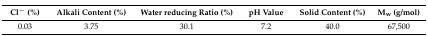
<table><thead><tr><td><b>Cl<sup>−</sup> (%)</b></td><td><b>Alkali Content (%)</b></td><td><b>Water reducing Ratio (%)</b></td><td><b>pH Value</b></td><td><b>Solid Content (%)</b></td><td><b>M<sub>w</sub> (g/mol)</b></td></tr></thead><tbody><tr><td>0.03</td><td>3.75</td><td>30.1</td><td>7.2</td><td>40.0</td><td>67,500</td></tr></tbody></table>